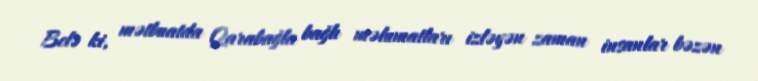
Belə ki, mətbuatda Qarabağla bağlı məlumatları izləyən zaman insanlar bəzən